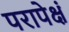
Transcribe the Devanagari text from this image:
परापेक्षं